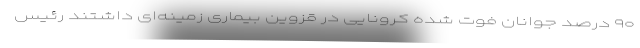
۹۰ درصد جوانان فوت شده کرونایی در قزوین بیماری زمینه‌ای داشتند رئیس